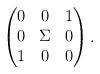
LaTeX: \begin{align*}\begin{pmatrix}0 & 0 & 1 \\ 0 & \Sigma & 0 \\ 1 & 0 & 0\end{pmatrix}.\end{align*}